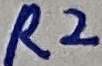
Text: R2